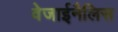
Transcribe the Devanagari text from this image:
वेजाईनैलिस